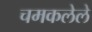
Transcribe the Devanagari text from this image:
चमकलेले